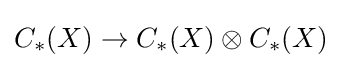
C_{*}(X)\to C_{*}(X)\otimes C_{*}(X)